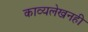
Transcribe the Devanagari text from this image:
काव्यलेखनही